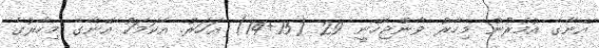
އޭނާގެ އުމުރުން މިހާރު ވާންޖެހޭނީ 29 (15+14) އަހަރު. އެކަމަކު އޭނާގެ މިހާރުގެ